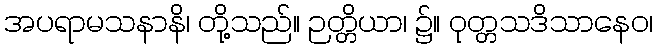
အပရာမသနာနိ၊ တို့သည်။ ဉတ္တိယာ၊ ၌။ ဝုတ္တသဒိသာနေဝ၊